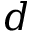
d